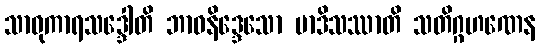
သာဓုကာရသဒ္ဒေါတိ ဘာဝနိဒ္ဒေသော မာဒိသဿာတိ သတိဂ္ဂဟဏေန